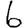
Digit: 6